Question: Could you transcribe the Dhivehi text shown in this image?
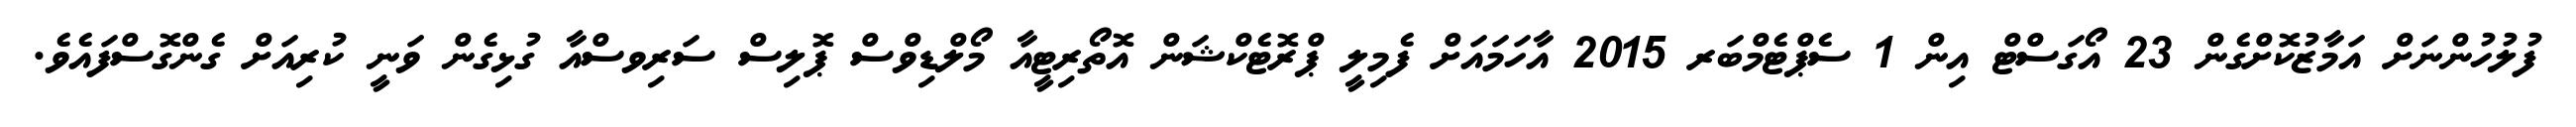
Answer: ފުލުހުންނަށް އަމާޒުކޮށްގެން 23 އޯގަސްޓް އިން 1 ސެޕްޓެމްބަރ 2015 އާހަމައަށް ފެމިލީ ޕްރޮޓެކްޝަން އޮތޯރިޓީއާ މޯލްޑިވްސް ޕޮލިސް ސަރިވސްއާ ގުޅިގެން ވަނީ ކުރިއަށް ގެންގޮސްފައެވެ.